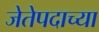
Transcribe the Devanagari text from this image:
जेतेपदाच्या